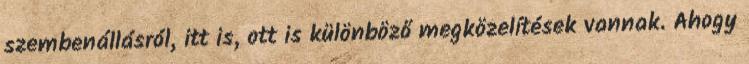
szembenállásról, itt is, ott is különböző megközelítések vannak. Ahogy